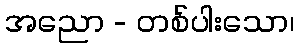
အညော - တစ်ပါးသော၊